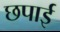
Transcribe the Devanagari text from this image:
छपार्इ